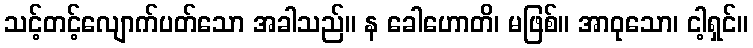
သင့်တင့်လျောက်ပတ်သော အခါသည်။ န ခေါဟောတိ၊ မဖြစ်။ အာဝုသော၊ ငါ့ရှင်။